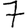
Digit: 7